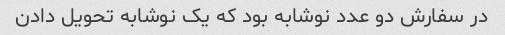
در سفارش دو عدد نوشابه بود که یک نوشابه تحویل دادن